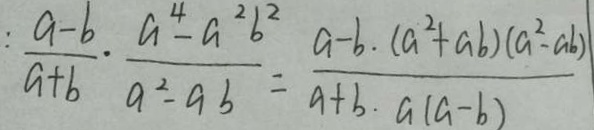
: \frac { a - b } { a + b } \cdot \frac { a ^ { 4 } - a ^ { 2 } b ^ { 2 } } { a ^ { 2 } - a b } = \frac { a - b \cdot ( a ^ { 2 } + a b ) ( a ^ { 2 } - a b ) } { a + b \cdot a ( a - b ) }